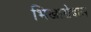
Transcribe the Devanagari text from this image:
भिखारोदास